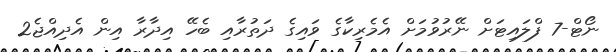
ނޯޓް-7 ފްލައިޓަށް ނޭރުވުމަށް އެމެރިކާގެ ވައިގެ ދަތުރާއި ބެހޭ އިދާރާ އިން އެދިއްޖެ2